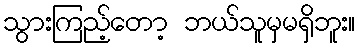
သွားကြည့်တော့ ဘယ်သူမှမရှိဘူး။